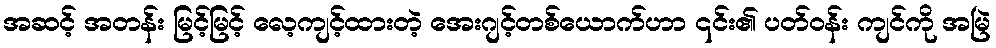
အဆင့် အတန်း မြင့်မြင့် လေ့ကျင့်ထားတဲ့ အေးဂျင့်တစ်ယောက်ဟာ ၎င်း၏ ပတ်ဝန်း ကျင်ကို အမြဲ